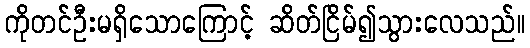
ကိုတင်ဦးမရှိသောကြောင့် ဆိတ်ငြိမ်၍သွားလေသည်။